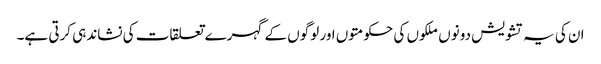
ان کی یہ تشویش دونوں ملکوں کی حکومتوں اور لوگوں کے گہرے تعلقات کی نشاندہی کرتی ہے۔